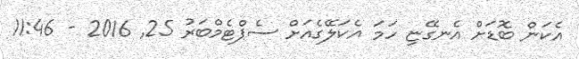
އެކަން ބޮޑަށް އެނގޭޏި ހަމަ އެކަލޭގެއަށް ސެޕްޓެމްބަރު 25